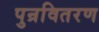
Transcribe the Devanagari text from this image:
पुन्रवितरण